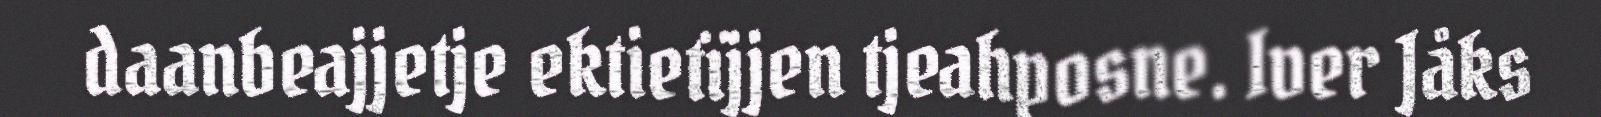
daanbeajjetje ektietïjjen tjeahposne. Iver Jåks